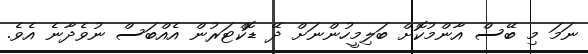
ނަމަ މި ބޭސް އާންމުކޮށް ބަލިމީހުންނަށް ދޭ ޑޮކްޓަރުން އެއްބަސް ނުވެދާނެ އެވެ.